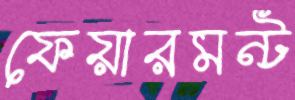
ফেয়ারমন্ট